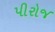
પીરોજ